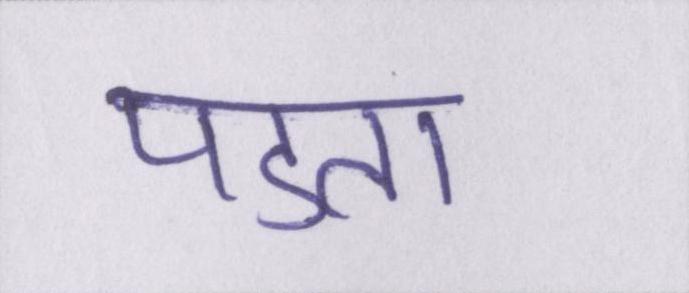
पडता